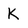
Character: K